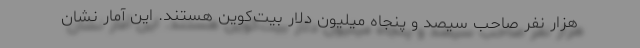
هزار نفر صاحب سیصد و پنجاه میلیون دلار بیت‌کوین هستند. این آمار نشان